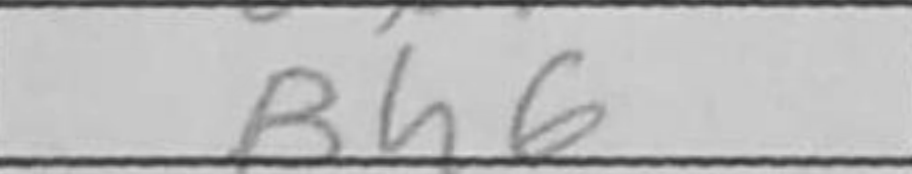
Transcription: Bh6